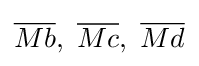
{\overline {Mb}},\ {\overline {Mc}},\ {\overline {Md}}